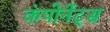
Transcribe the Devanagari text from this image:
कंपोनेंट्स